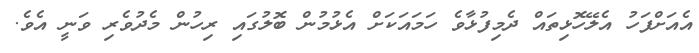
އެއަށްފަހު އެލޭހޮޅިތައް ދެމިފުޅާވެ ހަމައަކަށް އެޅުމުން ބޮލުގައި ރިހުން މެދުވެރި ވަނީ އެވެ.